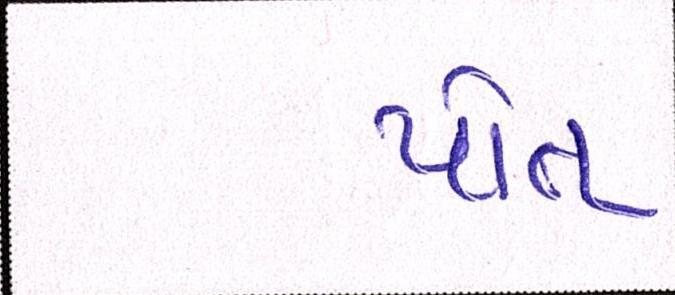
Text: પોત